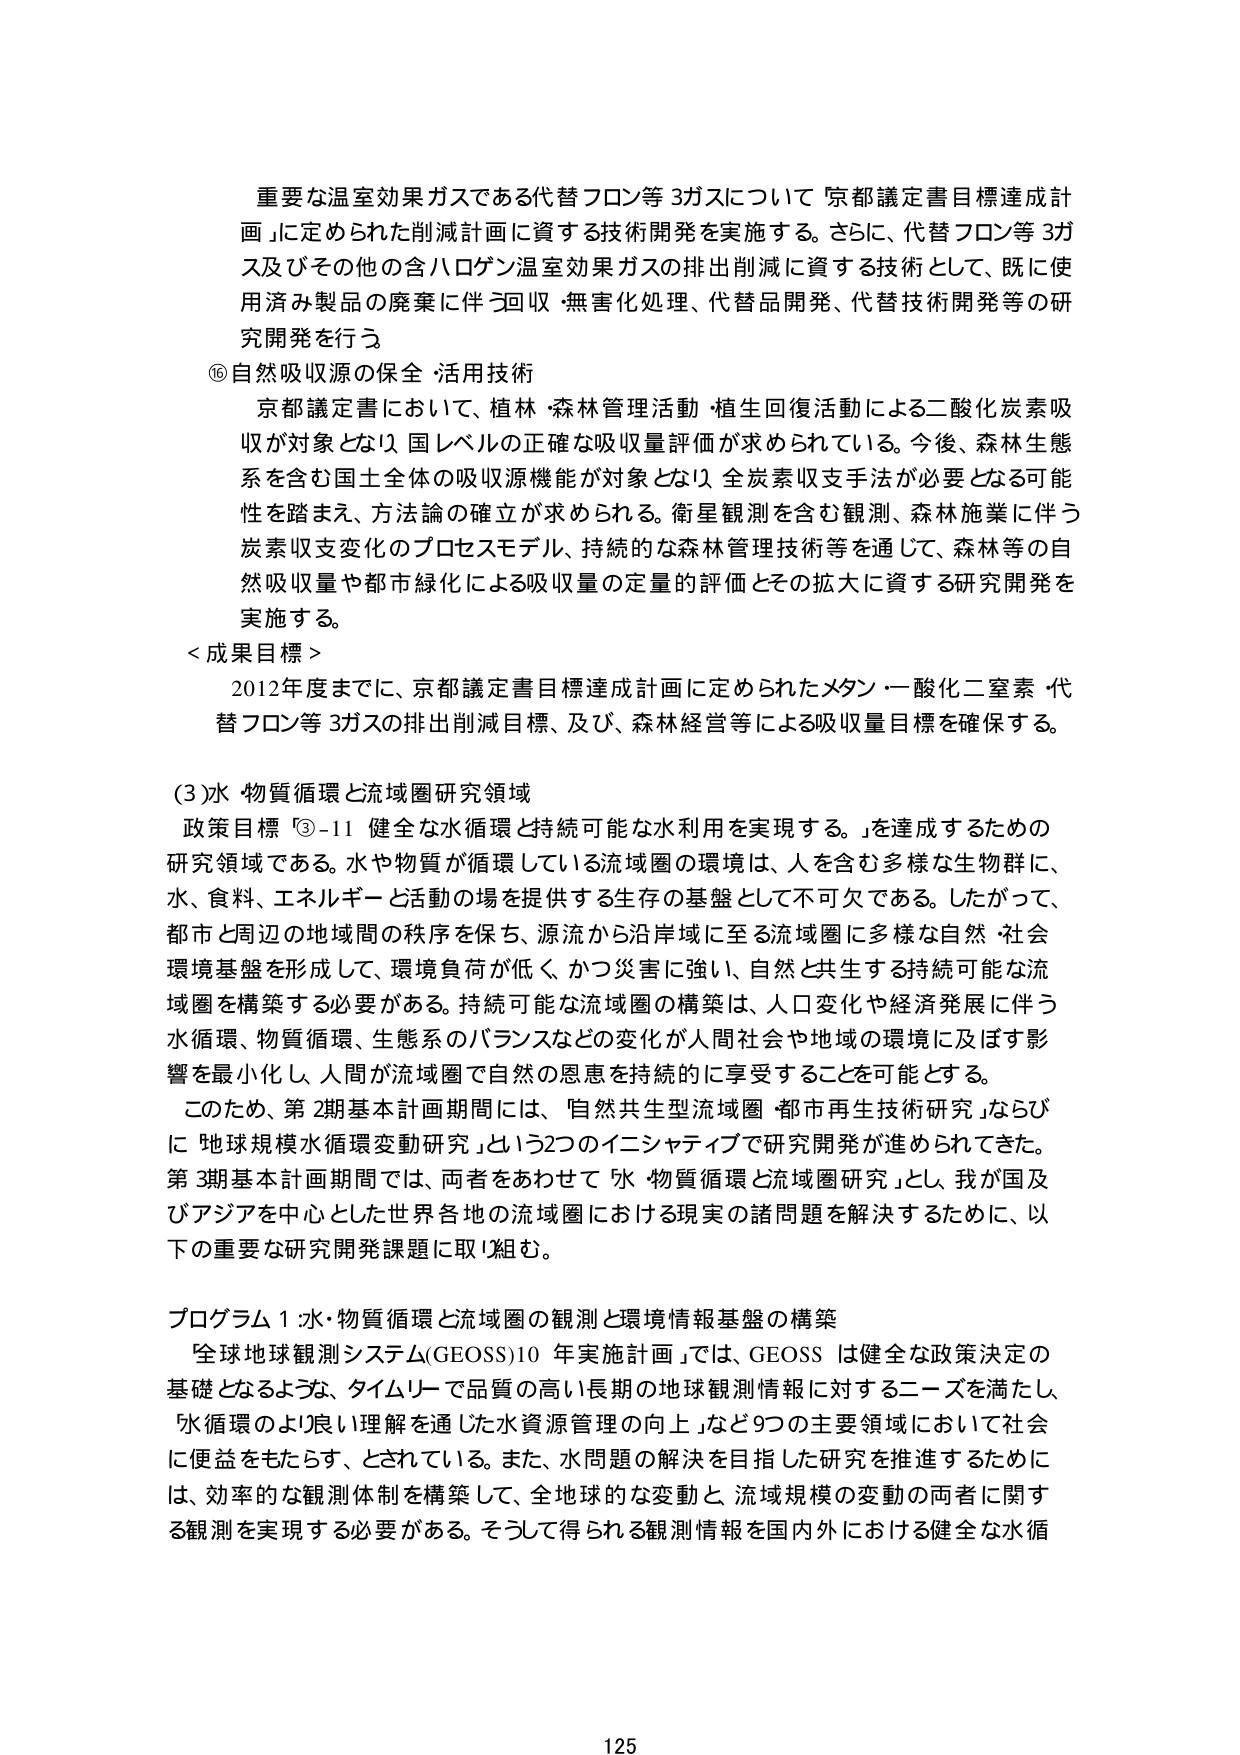
重要な温室効果ガスである代替フロン等3ガスについて「京都議定書目標達成計画」に定められた削減計画に資する技術開発を実施する。さらに、代替フロン等3ガス及びその他の含ハロゲン温室効果ガスの排出削減に資する技術として、既に使用済み製品の廃棄に伴う回収・無害化処理、代替品開発、代替技術開発等の研究開発を行う。

⑯自然吸収源の保全・活用技術

京都議定書において、植林・森林管理活動・植生回復活動による二酸化炭素吸収が対象となり、国レベルの正確な吸収量評価が求められている。今後、森林生態系を含む国土全体の吸収源機能が対象となり、全炭素収支手法が必要となる可能性を踏まえ、方法論の確立が求められる。衛星観測を含む観測、森林施業に伴う炭素収支変化のプロセスモデル、持続的な森林管理技術等を通じて、森林等の自然吸収量や都市緑化による吸収量の定量的評価とその拡大に資する研究開発を実施する。

＜成果目標＞

2012年度までに、京都議定書目標達成計画に定められたメタン・一酸化二窒素・代替フロン等3ガスの排出削減目標、及び、森林経営等による吸収量目標を確保する。

(3)水・物質循環と流域圏研究領域

政策目標「③-11 健全な水循環と持続可能な水利用を実現する。」を達成するための研究領域である。水や物質が循環している流域圏の環境は、人を含む多様な生物群に、水、食料、エネルギーと活動の場を提供する生存の基盤として不可欠である。したがって、都市と周辺の地域間の秩序を保ち、源流から沿岸域に至る流域圏に多様な自然・社会環境基盤を形成して、環境負荷が低く、かつ災害に強い、自然と共生する持続可能な流域圏を構築する必要がある。持続可能な流域圏の構築は、人口変化や経済発展に伴う水循環、物質循環、生態系のバランスなどの変化が人間社会や地域の環境に及ぼす影響を最小化し、人間が流域圏で自然の恩恵を持続的に享受することを可能とする。

このため、第2期基本計画期間には、「自然共生型流域圏・都市再生技術研究」ならびに「地球規模水循環変動研究」という2つのイニシアティブで研究開発が進められてきた。第3期基本計画期間では、両者をあわせて「水・物質循環と流域圏研究」とし、我が国及びアジアを中心とした世界各地の流域圏における現実の諸問題を解決するために、以下の重要な研究開発課題に取り組む。

プログラム1：水・物質循環と流域圏の観測と環境情報基盤の構築

「全球地球観測システム(GEOSS)10年実施計画」では、GEOSSは健全な政策決定の基礎となるよう、タイムリーで品質の高い長期の地球観測情報に対するニーズを満たし、「水循環のより良い理解を通じた水資源管理の向上」など9つの主要領域において社会に便益をもたらす、とされている。また、水問題の解決を目指した研究を推進するために、効率的な観測体制を構築して、全地球的な変動と流域規模の変動の両者に関する観測を実現する必要がある。そうして得られる観測情報を国内外における健全な水循

125